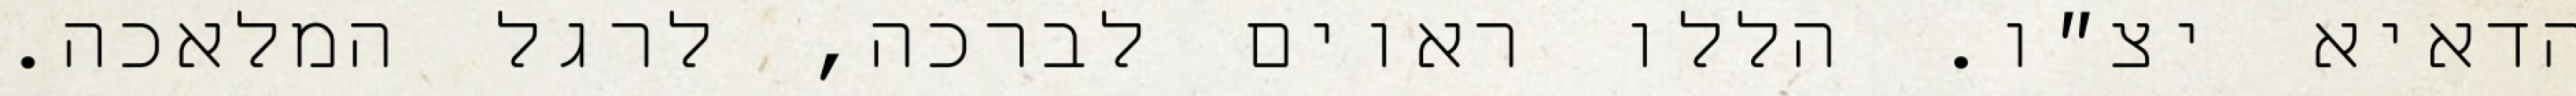
הדאיא יצ״ו. הללו ראוים לברכה, לרגל המלאכה.